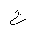
Letter: _ha